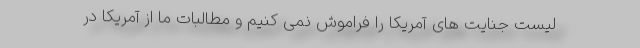
لیست جنایت های آمریکا را فراموش نمی کنیم و مطالبات ما از آمریکا در